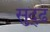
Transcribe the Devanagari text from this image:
सुद्ढ़